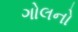
ગોલનો